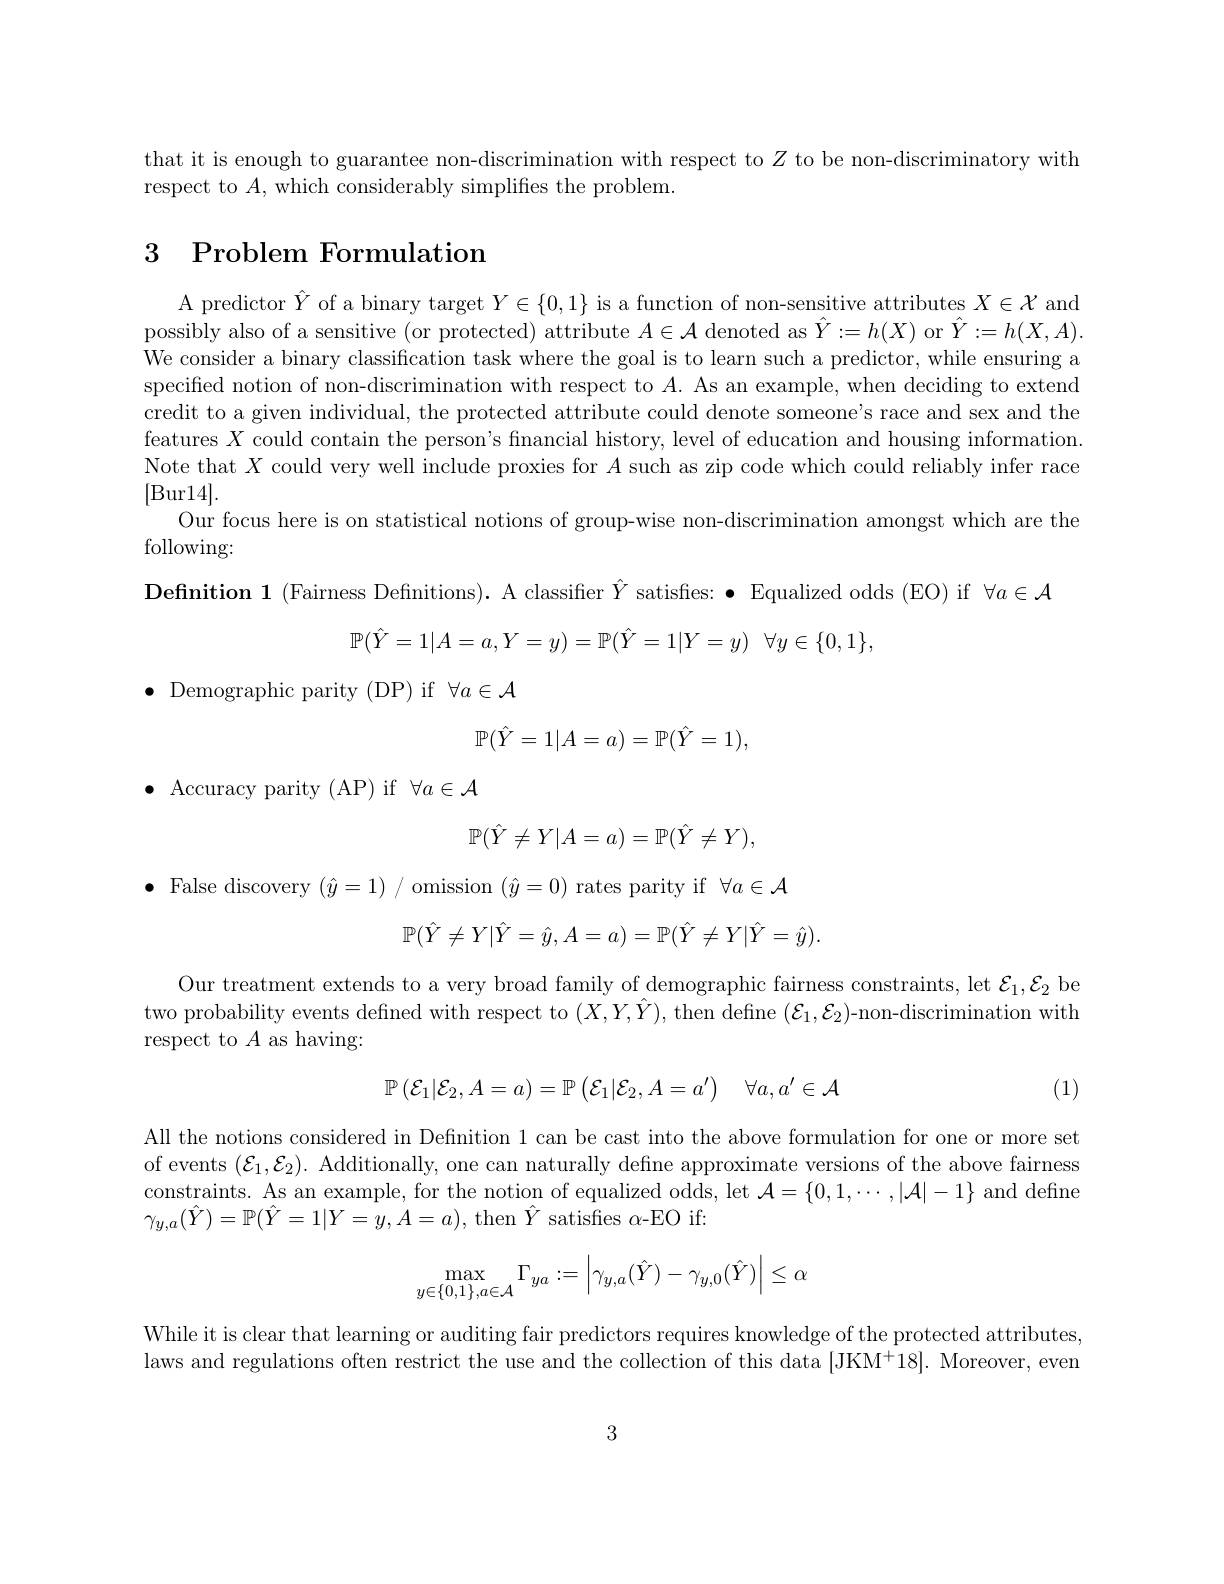
that it is enough to guarantee non-discrimination with respect to $Z$ to be non-discriminatory with
respect to $A$,which considerably simplifies the problem.

# 3 Problem Formulation

A predictor $\hat{Y}$ of a binary target $Y\in\{0,1\}$ is a function of non-sensitive attributes $X\in\mathcal{X}$ and possibly also of a sensitive (or protected) attribute $A\in\mathcal{A}$ denoted as $\hat{Y}:=h(X)$ or $\hat{Y}:=h(X,A).$ We consider a binary classification task where the goal is to learn such a predictor, while ensuring a specified notion of non-discrimination with respect to $A.$ As an example, when deciding to extend credit to a given individual, the protected attribute could denote someone's race and sex and the features $X$ could contain the person's financial history, level of education and housing information Note that $X$ could very well include proxies for $A$ such as zip code which could reliably infer race [Bur14].
Our focus here is on statistical notions of group-wise non-discrimination amongst which are the
following:
Definition 1 (Fairness Definitions). A classifier $\hat{Y}$ satisfies: · Equalized odds (EO) if $\forall a\in\mathcal{A}$
$$\mathbb{P}(\hat{Y}=1|A=a,Y=y)=\mathbb{P}(\hat{Y}=1|Y=y)\:\forall y\in\{0,1\},$$
$\bullet$ Demographic parity (DP) if $\forall a\in\mathcal{A}$
$$\mathbb{P}(\hat{Y}=1|A=a)=\mathbb{P}(\hat{Y}=1),$$
$\bullet$ Accuracy parity (AP) if $\forall a\in\mathcal{A}$
$$\mathbb{P}(\hat{Y}\neq Y|A=a)=\mathbb{P}(\hat{Y}\neq Y),$$
$\bullet$ False discovery $(\hat{y}=1)/$ omission $(\hat{y}=0)$ rates parity if $\forall a\in\mathcal{A}$
$$\mathbb{P}(\hat{Y}\neq Y|\hat{Y}=\hat{y},A=a)=\mathbb{P}(\hat{Y}\neq Y|\hat{Y}=\hat{y}).$$
Our treatment extends to a very broad family of demographic fairness constraints, let $\mathcal{E}_1,\mathcal{E}_2$ be two probability events defined with respect to $(X,Y,\hat{Y})$, then define $(\mathcal{E}_1,\mathcal{E}_2)$-non-discrimination with respect to $A$ as having:
$$\mathbb{P}\left(\mathcal{E}_1|\mathcal{E}_2,A=a\right)=\mathbb{P}\left(\mathcal{E}_1|\mathcal{E}_2,A=a'\right)\quad\forall a,a'\in\mathcal{A}$$
(1)
All the notions considered in Definition 1 can be cast into the above formulation for one or more set of events $(\mathcal{E}_1,\mathcal{E}_2).$ Additionally, one can naturally defne approximate versions of the above fairness constraints. As an example, for the notion of equalized odds, let $\mathcal{A}=\{0,1,\cdots,|\mathcal{A}|-1\}$ and define $\gamma_{y,a}(\hat{Y})=\mathbb{P}(\hat{Y}=1|Y=y,A=a)$, then $\hat{Y}$ satisfies $\alpha$-EO if:
$$\max_{y\in\{0,1\},a\in\mathcal{A}}\Gamma_{ya}:=\left|\gamma_{y,a}(\hat{Y})-\gamma_{y,0}(\hat{Y})\right|\leq\alpha $$
While it is clear that learning or auditing fair predictors requires knowledge of the protected attributes, laws and regulations often restrict the use and the collection of this data $\{$JKM$^+18\}.$ Moreover, evend

3